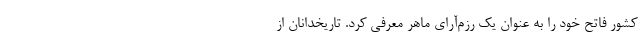
کشور فاتح خود را به عنوان یک رزم‌آرای ماهر معرفی کرد. تاریخدانان از